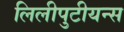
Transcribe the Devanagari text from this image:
लिलीपुटीयन्स